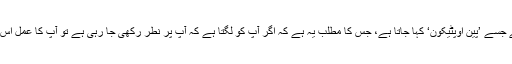
اس کی وجہ وہ خیال ہے جسے ’پین اوپٹیکون‘ کہا جاتا ہے، جس کا مطلب یہ ہے کہ اگر آپ کو لگتا ہے کہ آپ پر نطر رکھی جا رہی ہے تو آپ کا عمل اس سوچ کے تابع رہتا ہے۔